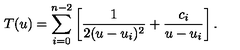
T ( u ) = \sum _ { i = 0 } ^ { n - 2 } \left[ { \frac { 1 } { 2 ( u - u _ { i } ) ^ { 2 } } } + { \frac { c _ { i } } { u - u _ { i } } } \right] .